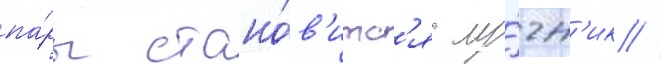
па́ры стано́в'итс'я лу́чн'ик /